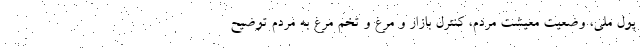
پول ملی، وضعیت معیشت مردم، کنترل بازار و مرغ و تخم مرغ به مردم توضیح